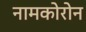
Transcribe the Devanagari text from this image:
नामकोरोन